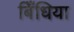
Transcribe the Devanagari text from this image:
बिँधिया